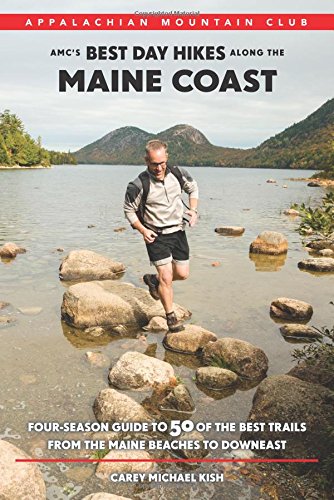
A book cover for AMC's Best Day Hikes along the Maine Coast: Four-Season Guide to 50 of the Best Trails From the Maine Beaches to Downeast; Carey Kish; Sports & Outdoors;